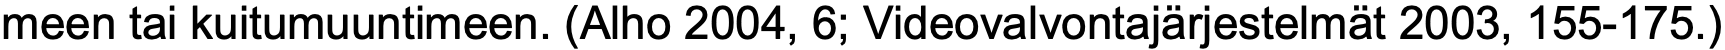
meen tai kuitumuuntimeen. (Alho 2004, 6; Videovalvontajärjestelmät 2003, 155-175.)